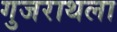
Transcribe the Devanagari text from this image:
गुजराथला